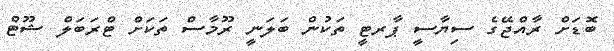
ބޮޑަށް ރާއްޖޭގެ ސިޔާސީ ޕާރޓީ ތަކުން ބަލަނީ ރޫމާސް ތަކަށް ޓްރަބަލް ޝޫޓް